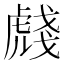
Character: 虥